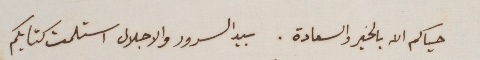
حياكم الله بالخير والسعادة. بيد السرور والاجلال استلمت كتابكم